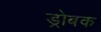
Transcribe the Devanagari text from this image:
ड्रोबक